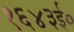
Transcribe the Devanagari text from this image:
१६४३ई०